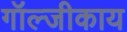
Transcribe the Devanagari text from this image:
गॉल्जीकाय